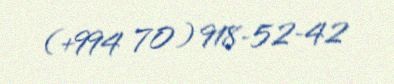
(+994 70) 918-52-42